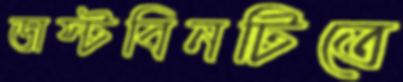
ডাস্টবিনটিতে